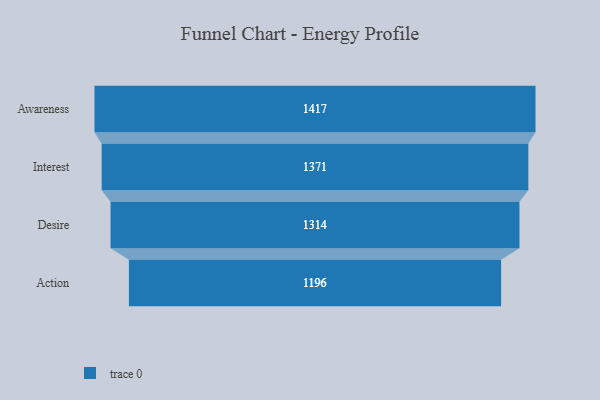
{"axis": {"x": "Stage", "y": "Value"}, "legend": [""], "data": [{"x": "Awareness", "y": 1417.0, "type": ""}, {"x": "Interest", "y": 1371.0, "type": ""}, {"x": "Desire", "y": 1314.0, "type": ""}, {"x": "Action", "y": 1196.0, "type": ""}]}